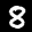
Label: 8